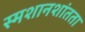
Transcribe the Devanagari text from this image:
स्मशानशांतता